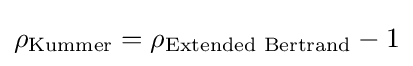
\rho _{\text{Kummer}}=\rho _{\text{Extended Bertrand}}-1